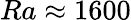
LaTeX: {Ra\approx 1600}